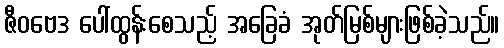
ဇီဝဗေဒ ပေါ်ထွန်းစေသည့် အခြေခံ အုတ်မြစ်များဖြစ်ခဲ့သည်။